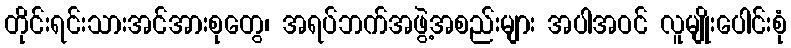
တိုင်းရင်းသားအင်အားစုတွေ၊ အရပ်ဘက်အဖွဲ့အစည်းများ အပါအဝင် လူမျိုးပေါင်းစုံ